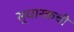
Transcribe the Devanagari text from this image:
सुधारकची